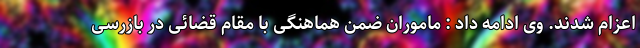
اعزام شدند. وی ادامه داد : ماموران ضمن هماهنگی با مقام قضائی در بازرسی